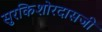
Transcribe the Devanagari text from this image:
सुरकिशोरदासजी